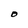
Character: O